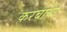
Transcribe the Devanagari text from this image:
करबाया